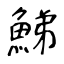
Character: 鮷